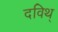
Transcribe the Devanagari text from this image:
दविथ्